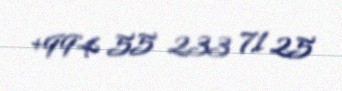
+994 55 233 71 25